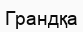
Грандқа